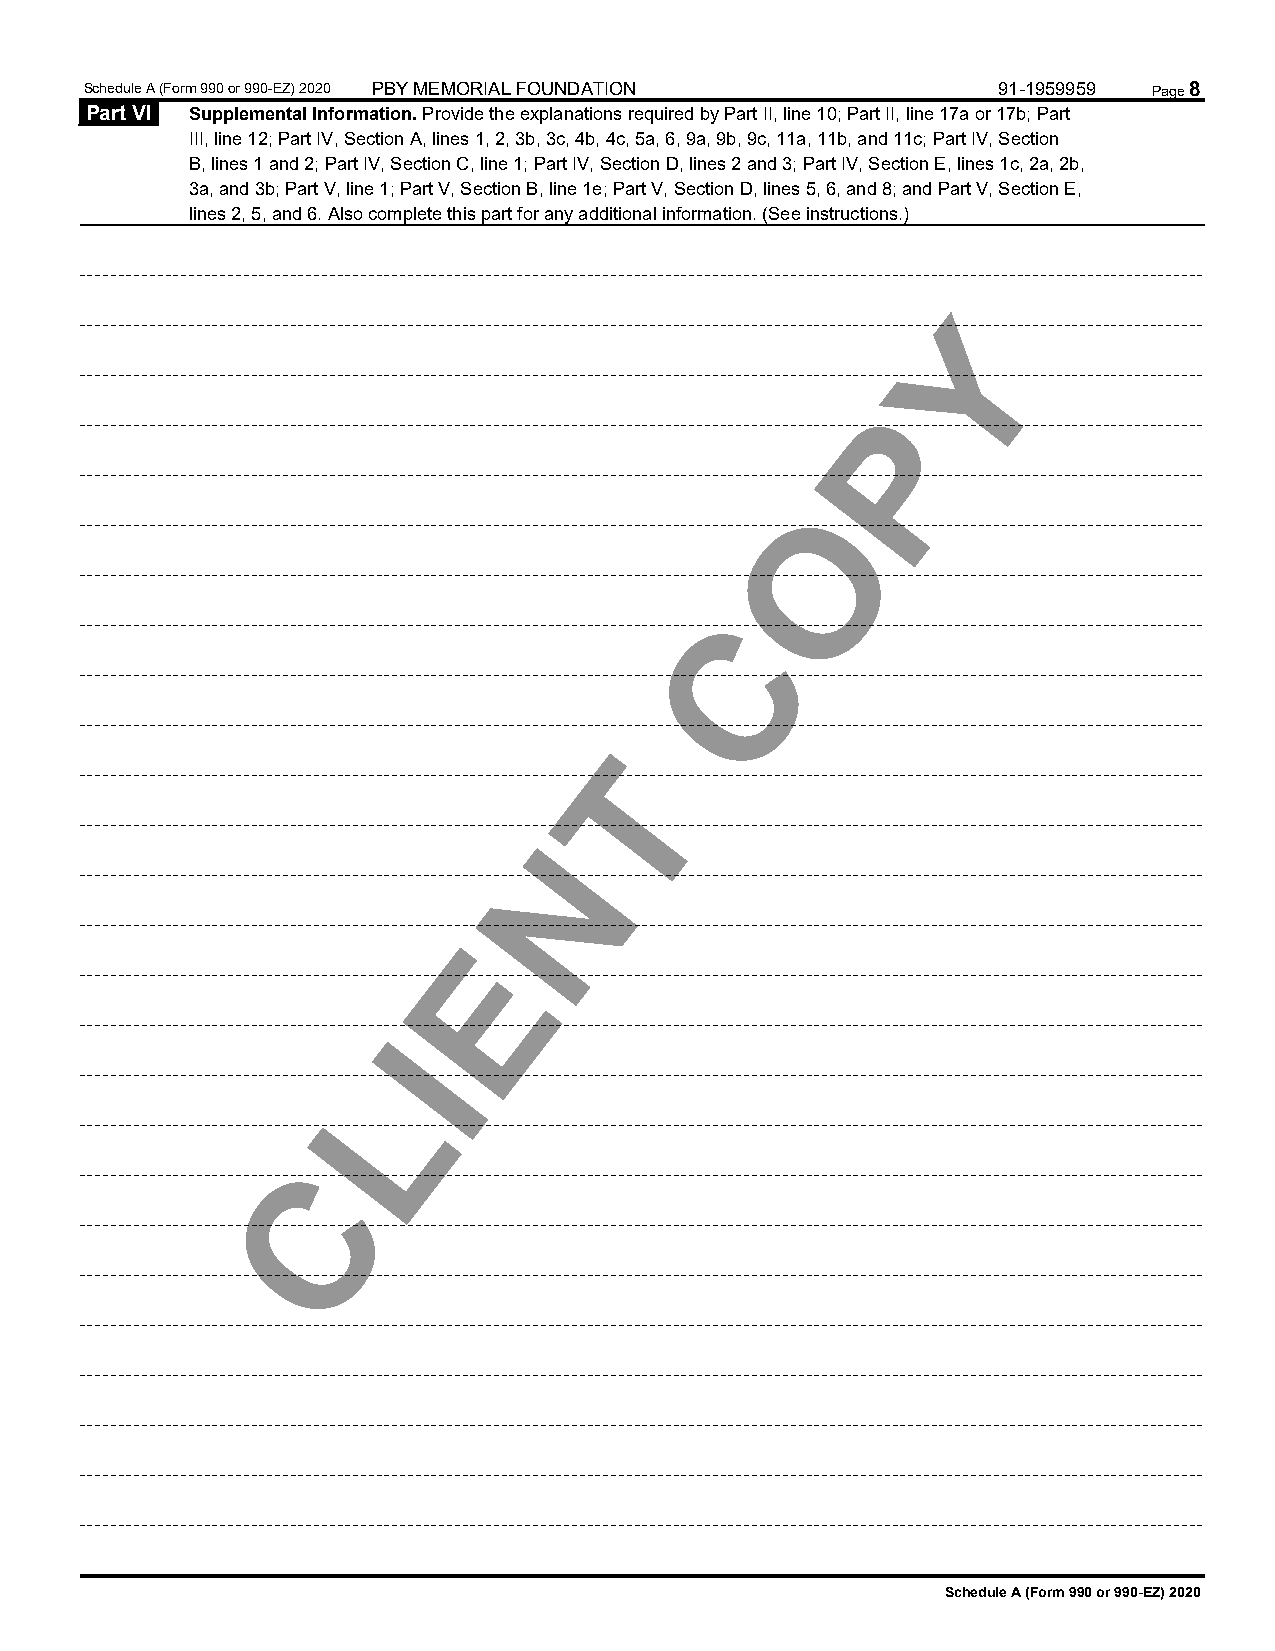
Schedule A (Form 990 or 990-EZ) 2020 PBY MEMORIAL FOUNDATION 91-1959959 Page 8
 Part VI Supplemental Information. Provide the explanations required by Part II, line 10; Part II, line 17a or 17b; Part
 III, line 12; Part IV, Section A, lines 1, 2, 3b, 3c, 4b, 4c, 5a, 6, 9a, 9b, 9c, 11a, 11b, and 11c; Part IV, Section
 B, lines 1 and 2; Part IV, Section C, line 1; Part IV, Section D, lines 2 and 3; Part IV, Section E, lines 1c, 2a, 2b,
 3a, and 3b; Part V, line 1; Part V, Section B, line 1e; Part V, Section D, lines 5, 6, and 8; and Part V, Section E,
 lines 2, 5, and 6. Also complete this part for any additional information. (See instructions.)
 Y
 P
 O
 C
 T
 N
 E
 I
 L
 C
 Schedule A (Form 990 or 990-EZ) 2020